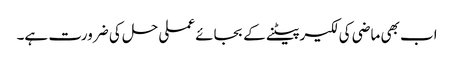
اب بھی ماضی کی لکیر پیٹنے کے بجائے عملی حل کی ضرورت ہے۔